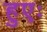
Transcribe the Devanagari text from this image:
हुएः